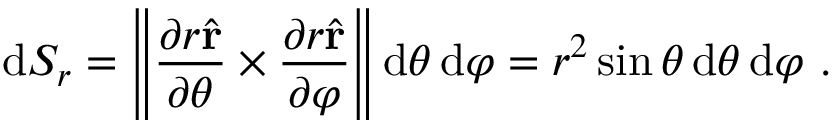
\mathrm { d } S _ { r } = \left\| { \frac { \partial r { \hat { \mathbf { r } } } } { \partial \theta } } \times { \frac { \partial r { \hat { \mathbf { r } } } } { \partial \varphi } } \right\| \mathrm { d } \theta \, \mathrm { d } \varphi = r ^ { 2 } \sin \theta \, \mathrm { d } \theta \, \mathrm { d } \varphi ~ .